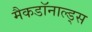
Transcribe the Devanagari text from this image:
मैकडॉनाल्ड्स